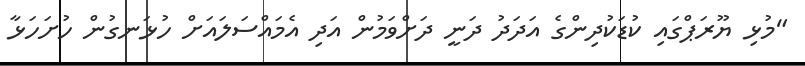
"މުޅި ޔޫރަޕްގައި ކުޑަކުދިންގެ އަދަދު ދަނީ ދަށްވަމުން އަދި އެމައްސަލައަށް ހުޅަނގުން ހުށަހަޅާ